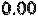
0.00